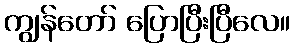
ကျွန်တော် ပြောပြီးပြီလေ။